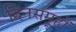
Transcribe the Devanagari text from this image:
दिनसमूहों